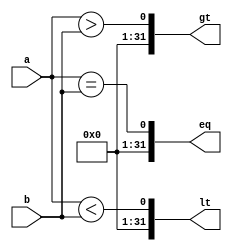
// ---------------------------------------------------------------------
//    Module:     32-bit Comparator
//    Contact:    hoser21@up.edu and schendel21@up.edu
// ---------------------------------------------------------------------

module comp_32(lt, eq, gt, a, b);

parameter WIDTH = 32;

output [WIDTH-1:0] lt, eq, gt;
input [WIDTH-1:0] a, b;

assign lt = {{31'b0}, {a < b}};
assign eq = {{31'b0}, {a == b}};
assign gt = {{31'b0}, {a > b}};

endmodule